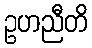
ဥဟညီတိ